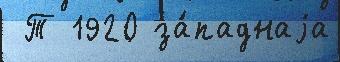
 Т 1920 за́паднаjа